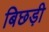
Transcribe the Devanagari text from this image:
बिछड़ी